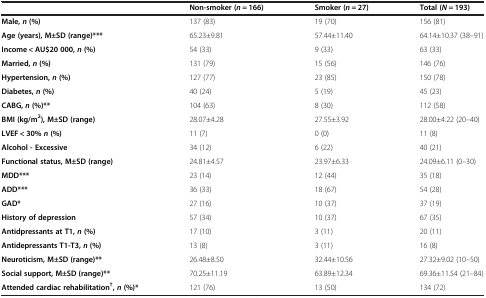
<table><thead><tr><td><b> </b></td><td><b>Non-smoker (<i>n</i> = 166)</b></td><td><b>Smoker (<i>n</i> = 27)</b></td><td><b>Total (<i>N</i> = 193)</b></td></tr></thead><tbody><tr><td><b>Male,</b><b><i>n</i></b><b>(%)</b></td><td>137 (83)</td><td>19 (70)</td><td>156 (81)</td></tr><tr><td><b>Age (years), M±SD (range)***</b></td><td>65.23±9.81</td><td>57.44±11.40</td><td>64.14±10.37 (38–91)</td></tr><tr><td><b>Income &lt; AU$20 000,</b><b><i>n</i></b><b>(%)</b></td><td>54 (33)</td><td>9 (33)</td><td>63 (33)</td></tr><tr><td><b>Married,</b><b><i>n</i></b><b>(%)</b></td><td>131 (79)</td><td>15 (56)</td><td>146 (76)</td></tr><tr><td><b>Hypertension,</b><b><i>n</i></b><b>(%)</b></td><td>127 (77)</td><td>23 (85)</td><td>150 (78)</td></tr><tr><td><b>Diabetes,</b><b><i>n</i></b><b>(%)</b></td><td>40 (24)</td><td>5 (19)</td><td>45 (23)</td></tr><tr><td><b>CABG,</b><b><i>n</i></b><b>(%)**</b></td><td>104 (63)</td><td>8 (30)</td><td>112 (58)</td></tr><tr><td><b>BMI (kg/m</b><sup><b>2</b></sup><b>), M±SD (range)</b></td><td>28.07±4.28</td><td>27.55±3.92</td><td>28.00±4.22 (20–40)</td></tr><tr><td><b>LVEF &lt; 30%</b><b><i>n</i></b><b>(%)</b></td><td>11 (7)</td><td>0 (0)</td><td>11 (8)</td></tr><tr><td><b>Alcohol - Excessive</b></td><td>34 (12)</td><td>6 (22)</td><td>40 (21)</td></tr><tr><td><b>Functional status, M±SD (range)</b></td><td>24.81±4.57</td><td>23.97±6.33</td><td>24.09±6.11 (0–30)</td></tr><tr><td><b>MDD***</b></td><td>23 (14)</td><td>12 (44)</td><td>35 (18)</td></tr><tr><td><b>ADD***</b></td><td>36 (33)</td><td>18 (67)</td><td>54 (28)</td></tr><tr><td><b>GAD*</b></td><td>27 (16)</td><td>10 (37)</td><td>37 (19)</td></tr><tr><td><b>History of depression</b></td><td>57 (34)</td><td>10 (37)</td><td>67 (35)</td></tr><tr><td><b>Antidpressants at T1,</b><b><i>n</i></b><b>(%)</b></td><td>17 (10)</td><td>3 (11)</td><td>20 (11)</td></tr><tr><td><b>Antidepressants T1-T3,</b><b><i>n</i></b><b>(%)</b></td><td>13 (8)</td><td>3 (11)</td><td>16 (8)</td></tr><tr><td><b>Neuroticism, M±SD (range)**</b></td><td>26.48±8.50</td><td>32.44±10.56</td><td>27.32±9.02 (10–50)</td></tr><tr><td><b>Social support, M±SD (range)**</b></td><td>70.25±11.19</td><td>63.89±12.34</td><td>69.36±11.54 (21–84)</td></tr><tr><td><b>Attended cardiac rehabilitation</b><sup><b>†</b></sup><b>,</b><b><i>n</i></b><b>(%)*</b></td><td>121 (76)</td><td>13 (50)</td><td>134 (72)</td></tr></tbody></table>